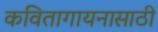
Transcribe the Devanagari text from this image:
कवितागायनासाठी